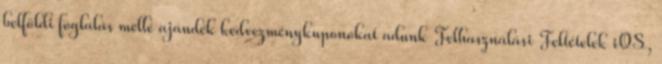
belföldi foglalás mellé ajándék kedvezménykuponokat adunk Felhasználási Feltételek iOS,